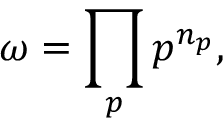
\omega = \prod _ { p } p ^ { n _ { p } } ,